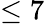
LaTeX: \leq 7